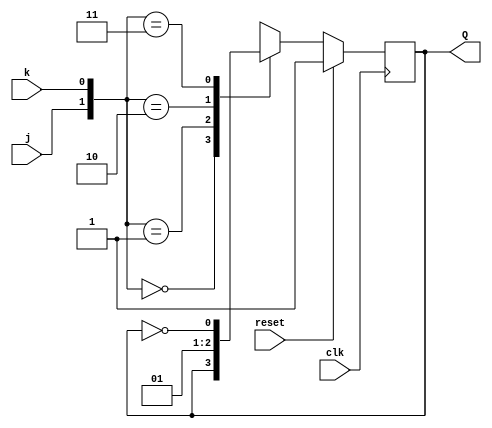
module jk_ff(j,k,clk,reset,Q);
input j,k,clk,reset;
output reg Q;
    always@(posedge clk)
          begin
            if(reset)
            Q <= 1'b1;
            else  begin
                  case({j,k})
                  2'b00: Q<= Q;
                  2'b01: Q<= 1'b0;
                  2'b10: Q<= 1'b1;
                  2'b11: Q<= ~Q;
                  default:begin end
                  endcase
         end          
end
endmodule

module async_4bit_down_count(j,k,clock,reset,q);
input j,k;
input clock,reset;
output [3:0]q;
jk_ff JK1(j,k,clock,reset,q[0]);
jk_ff JK2(j,k,q[0],reset,q[1]);
jk_ff JK3(j,k,q[1],reset,q[2]);
jk_ff JK4(j,k,q[2],reset,q[3]);
endmodule